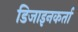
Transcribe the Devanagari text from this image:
डिजाइनकर्ता